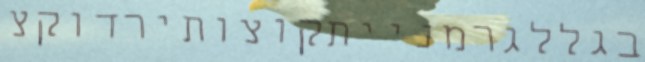
בגללגרמנייתקוצותירדוקצ